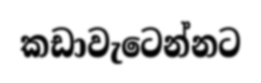
කඩාවැටෙන්නට